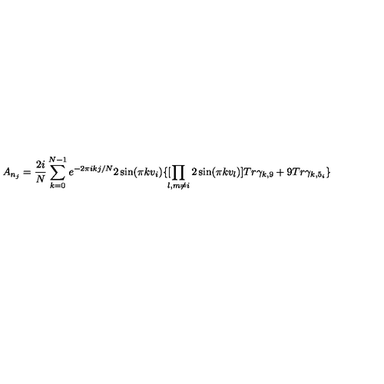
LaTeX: A _ { n _ { j } } = \frac { 2 i } { N } \sum _ { k = 0 } ^ { N - 1 } e ^ { - 2 \pi i k j / N } 2 \sin ( \pi k v _ { i } ) \{ [ \! \! \prod _ { l , m \not = i } 2 \sin ( \pi k v _ { l } ) ] T r \gamma _ { k , 9 } + 9 T r \gamma _ { k , 5 _ { i } } \}